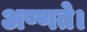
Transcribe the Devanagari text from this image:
अष्णते।